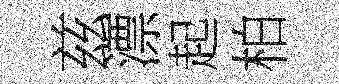
兹漂起柏